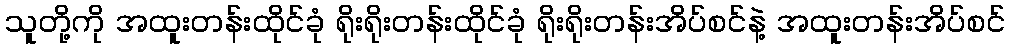
သူတို့ကို အထူးတန်းထိုင်ခုံ ရိုးရိုးတန်းထိုင်ခုံ ရိုးရိုးတန်းအိပ်စင်နဲ့ အထူးတန်းအိပ်စင်